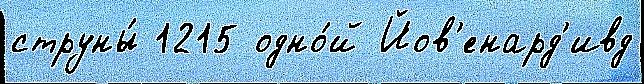
струны́ 1215 одно́й Йов'енард'ивд